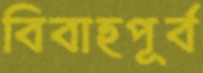
বিবাহপূর্ব